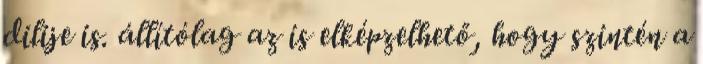
dilije is. állítólag az is elképzelhető, hogy szintén a